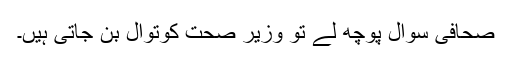
صحافی سوال پوچھ لے تو وزیر صحت کوتوال بن جاتی ہیں۔